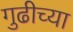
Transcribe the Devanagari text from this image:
गुढीच्या